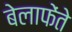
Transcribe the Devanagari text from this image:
बेलाफेंते